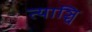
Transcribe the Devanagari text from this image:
त्याञ्चि